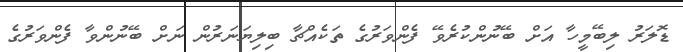
ޑޮލަރު ލިބޭމީހާ އަށް ބޭނުންކުރެވޭ ފެންވަރުގެ ތަކެއްޗާ ބިލިޔަނަރުން ނަށް ބޭނުންވާ ފެންވަރުގެ